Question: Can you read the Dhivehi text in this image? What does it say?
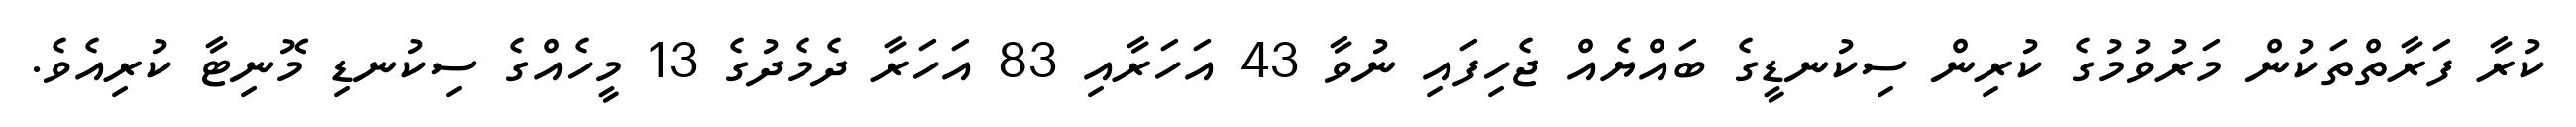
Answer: ކުރާ ފަރާތްތަކުން މަރުވުމުގެ ކުރިން ސިކުނޑީގެ ބައްޔެއް ޖެހިފައި ނުވާ 43 އަހަރާއި 83 އަހަރާ ދެމެދުގެ 13 މީހެއްގެ ސިކުނޑި މޮނިޓާ ކުރިއެވެ.